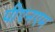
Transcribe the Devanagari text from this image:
पीएनएम